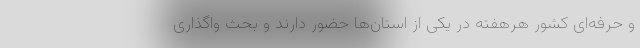
و حرفه‌ای کشور هرهفته در یکی از استان‌ها حضور دارند و بحث واگذاری